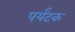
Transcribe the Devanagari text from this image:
पर्यंटक